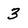
Character: 3